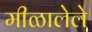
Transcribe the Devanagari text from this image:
मीळालेले